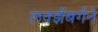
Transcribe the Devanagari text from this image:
लक्झेंबर्गने